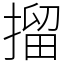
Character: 㨨